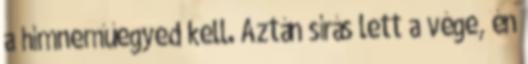
a hímneműegyed kell. Aztán sírás lett a vége, én